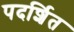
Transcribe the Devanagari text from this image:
पदर्शित